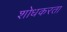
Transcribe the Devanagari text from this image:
शोधकरता